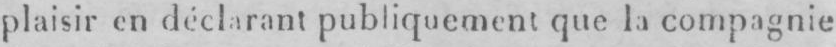
plaisir en déclarant publiquement que la compagnie